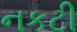
નકટી